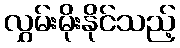
လွှမ်းမိုးနိုင်သည့်